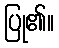
ပြု၏။